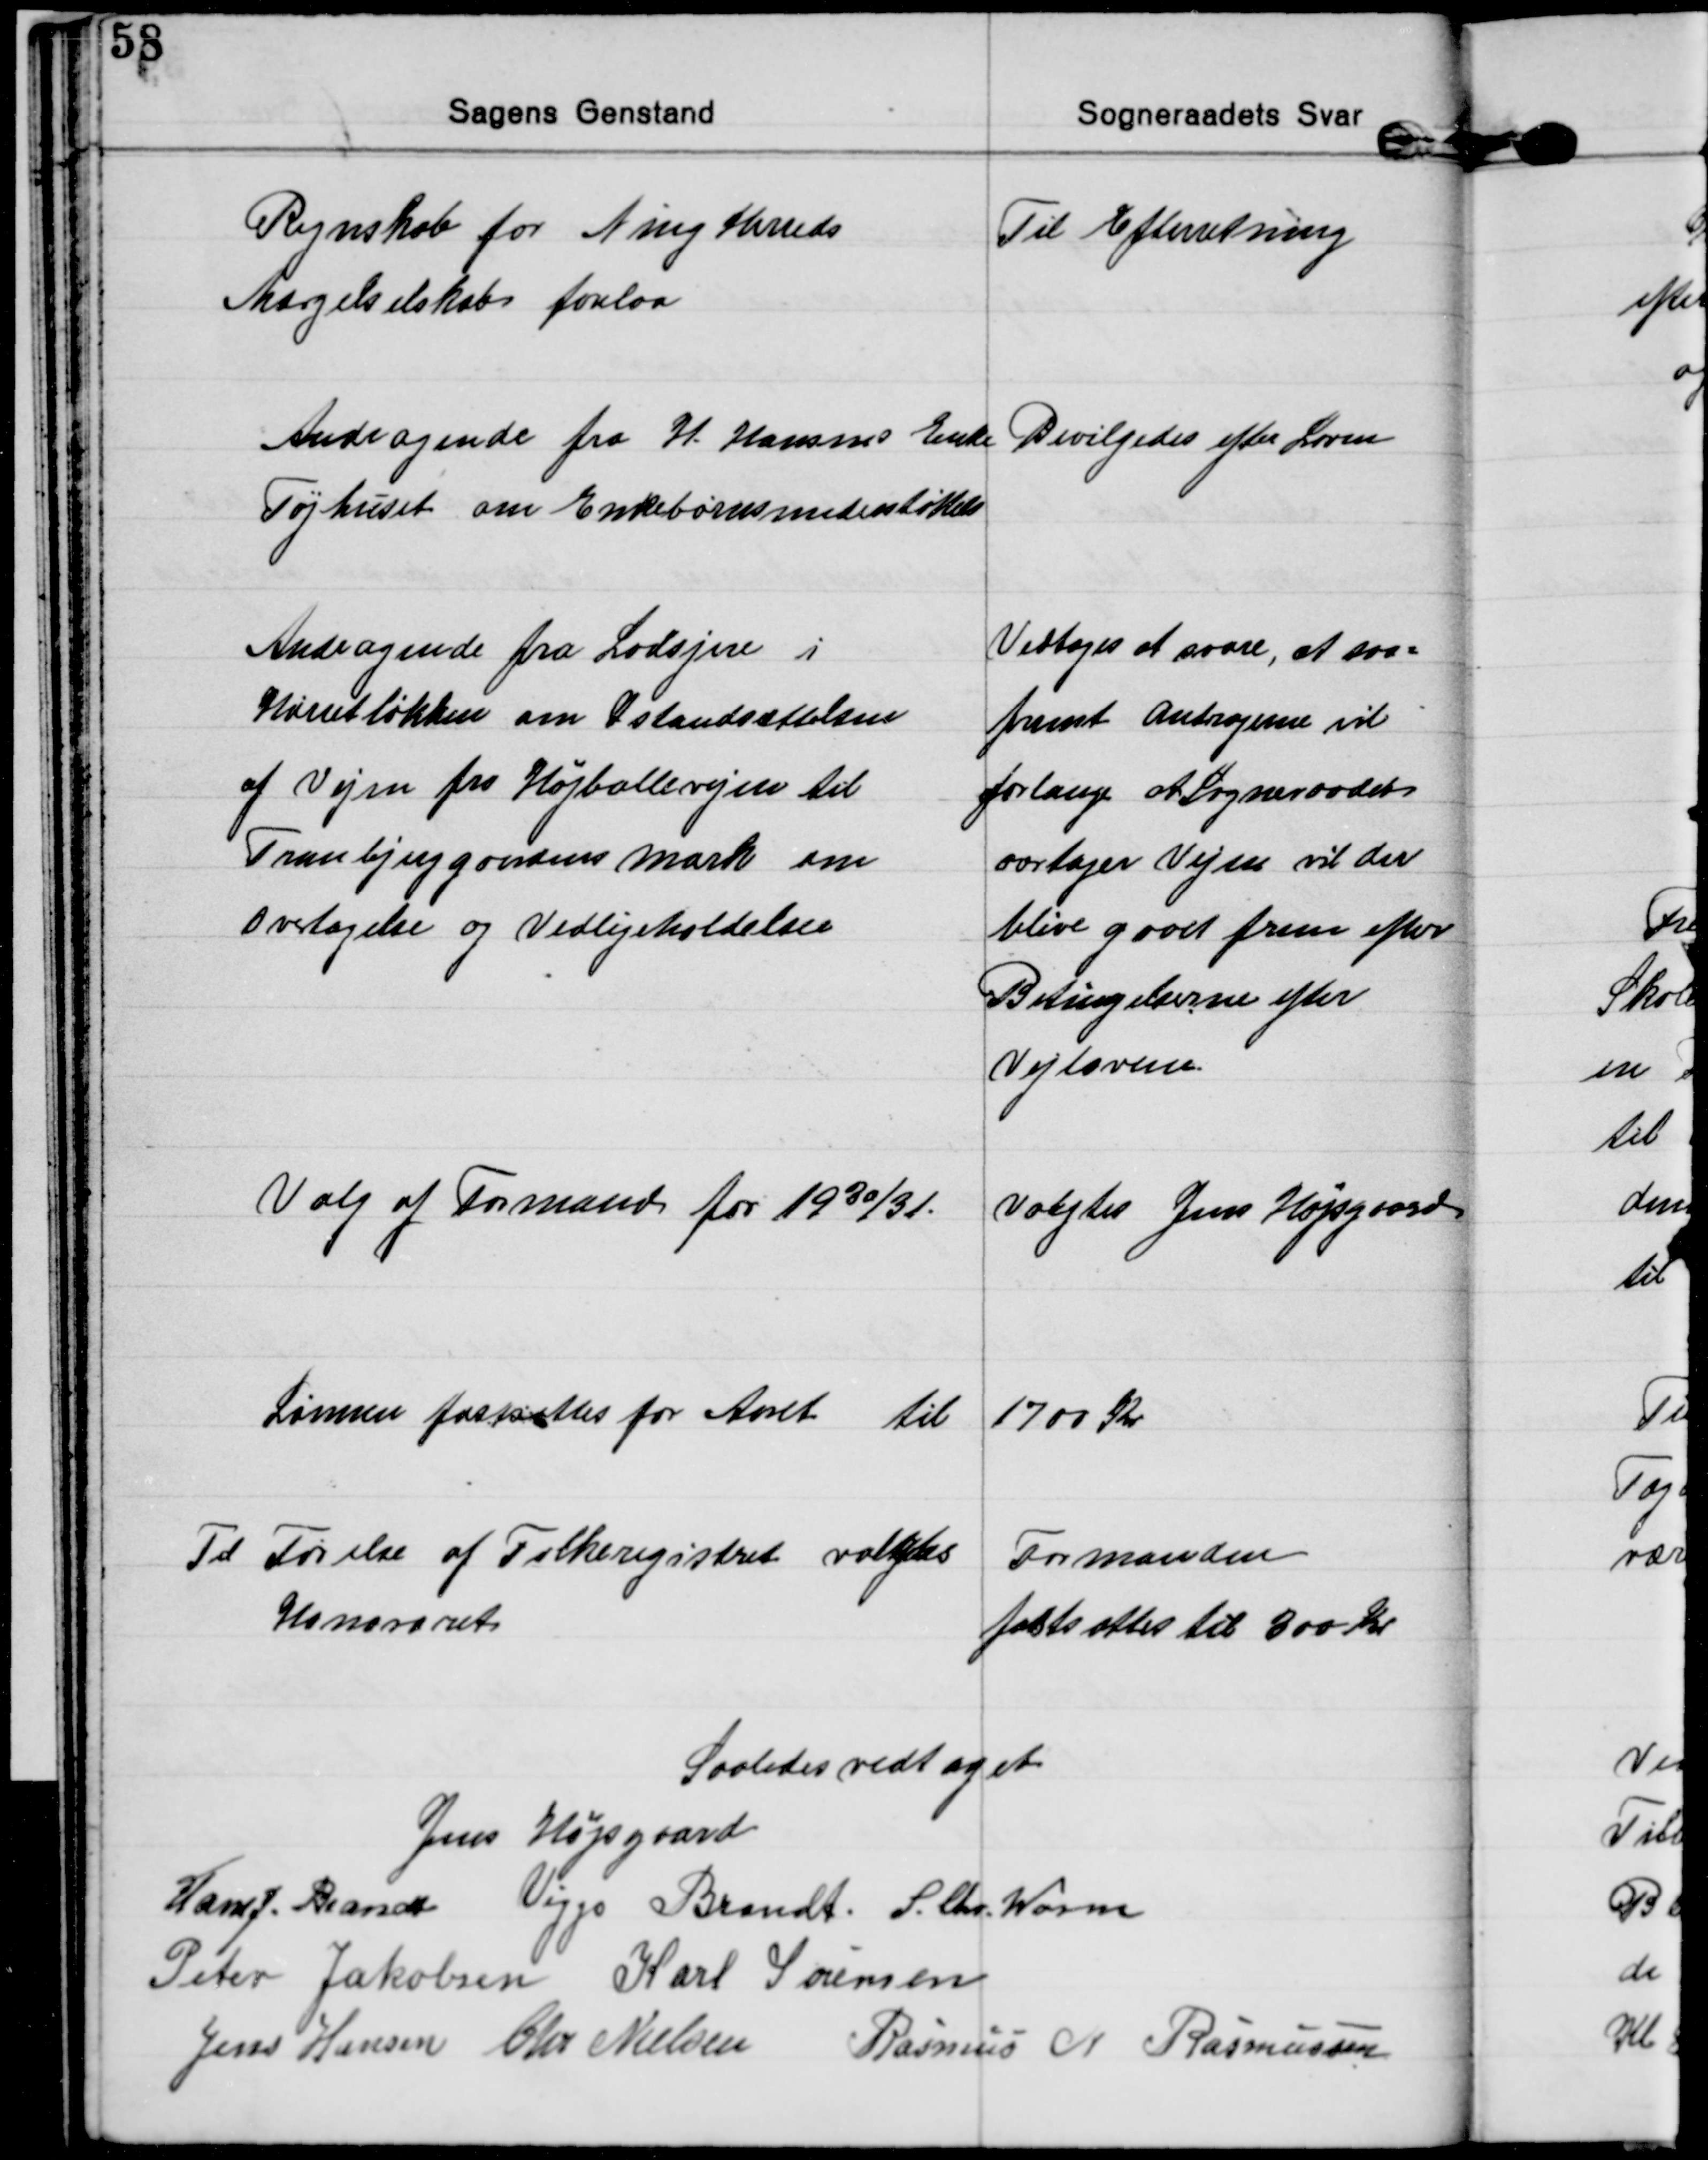
Transskription:
Regnskab for Ning Herreds
Mærgelselskab forelaa
Til Efterretning

Andragende fra H. Hansens Enke
Tøjhuset om Enkebørnsunderstøttels
Bevilgedes efter Loven

Andragende fra Lodsejere i
Hørretløkken om Istandsættelsen
af Vejen fra Højballevejen til
Tranbjerggaardens Mark om
Overtagelse og Vedligeholdelser
Vedtoges at svare, at saa=
fremt Andragerne vil
forlange at Sogneraadet
overtager Vejen vil der
blive gaaet frem efter
Betingelserne efter
Vejlovene.

Valg af Formand for 1930/31.
Valgtes Jens Højsgaard

Lønnen fastsattes for Aaret til
1700 Kr

Til Førelse af Folkeregistret valgtes 
Formanden
Honoraret
fastsættes til 300 Kr

Saaledes vedtaget
Jens Højsgaard
Hans J. Brandt Viggo Brandt S. Chr. Worm
Peter Jakobsen Karl Sørensen
Jens Hansen Chr Nielsen Rasmus N. Rasmussen